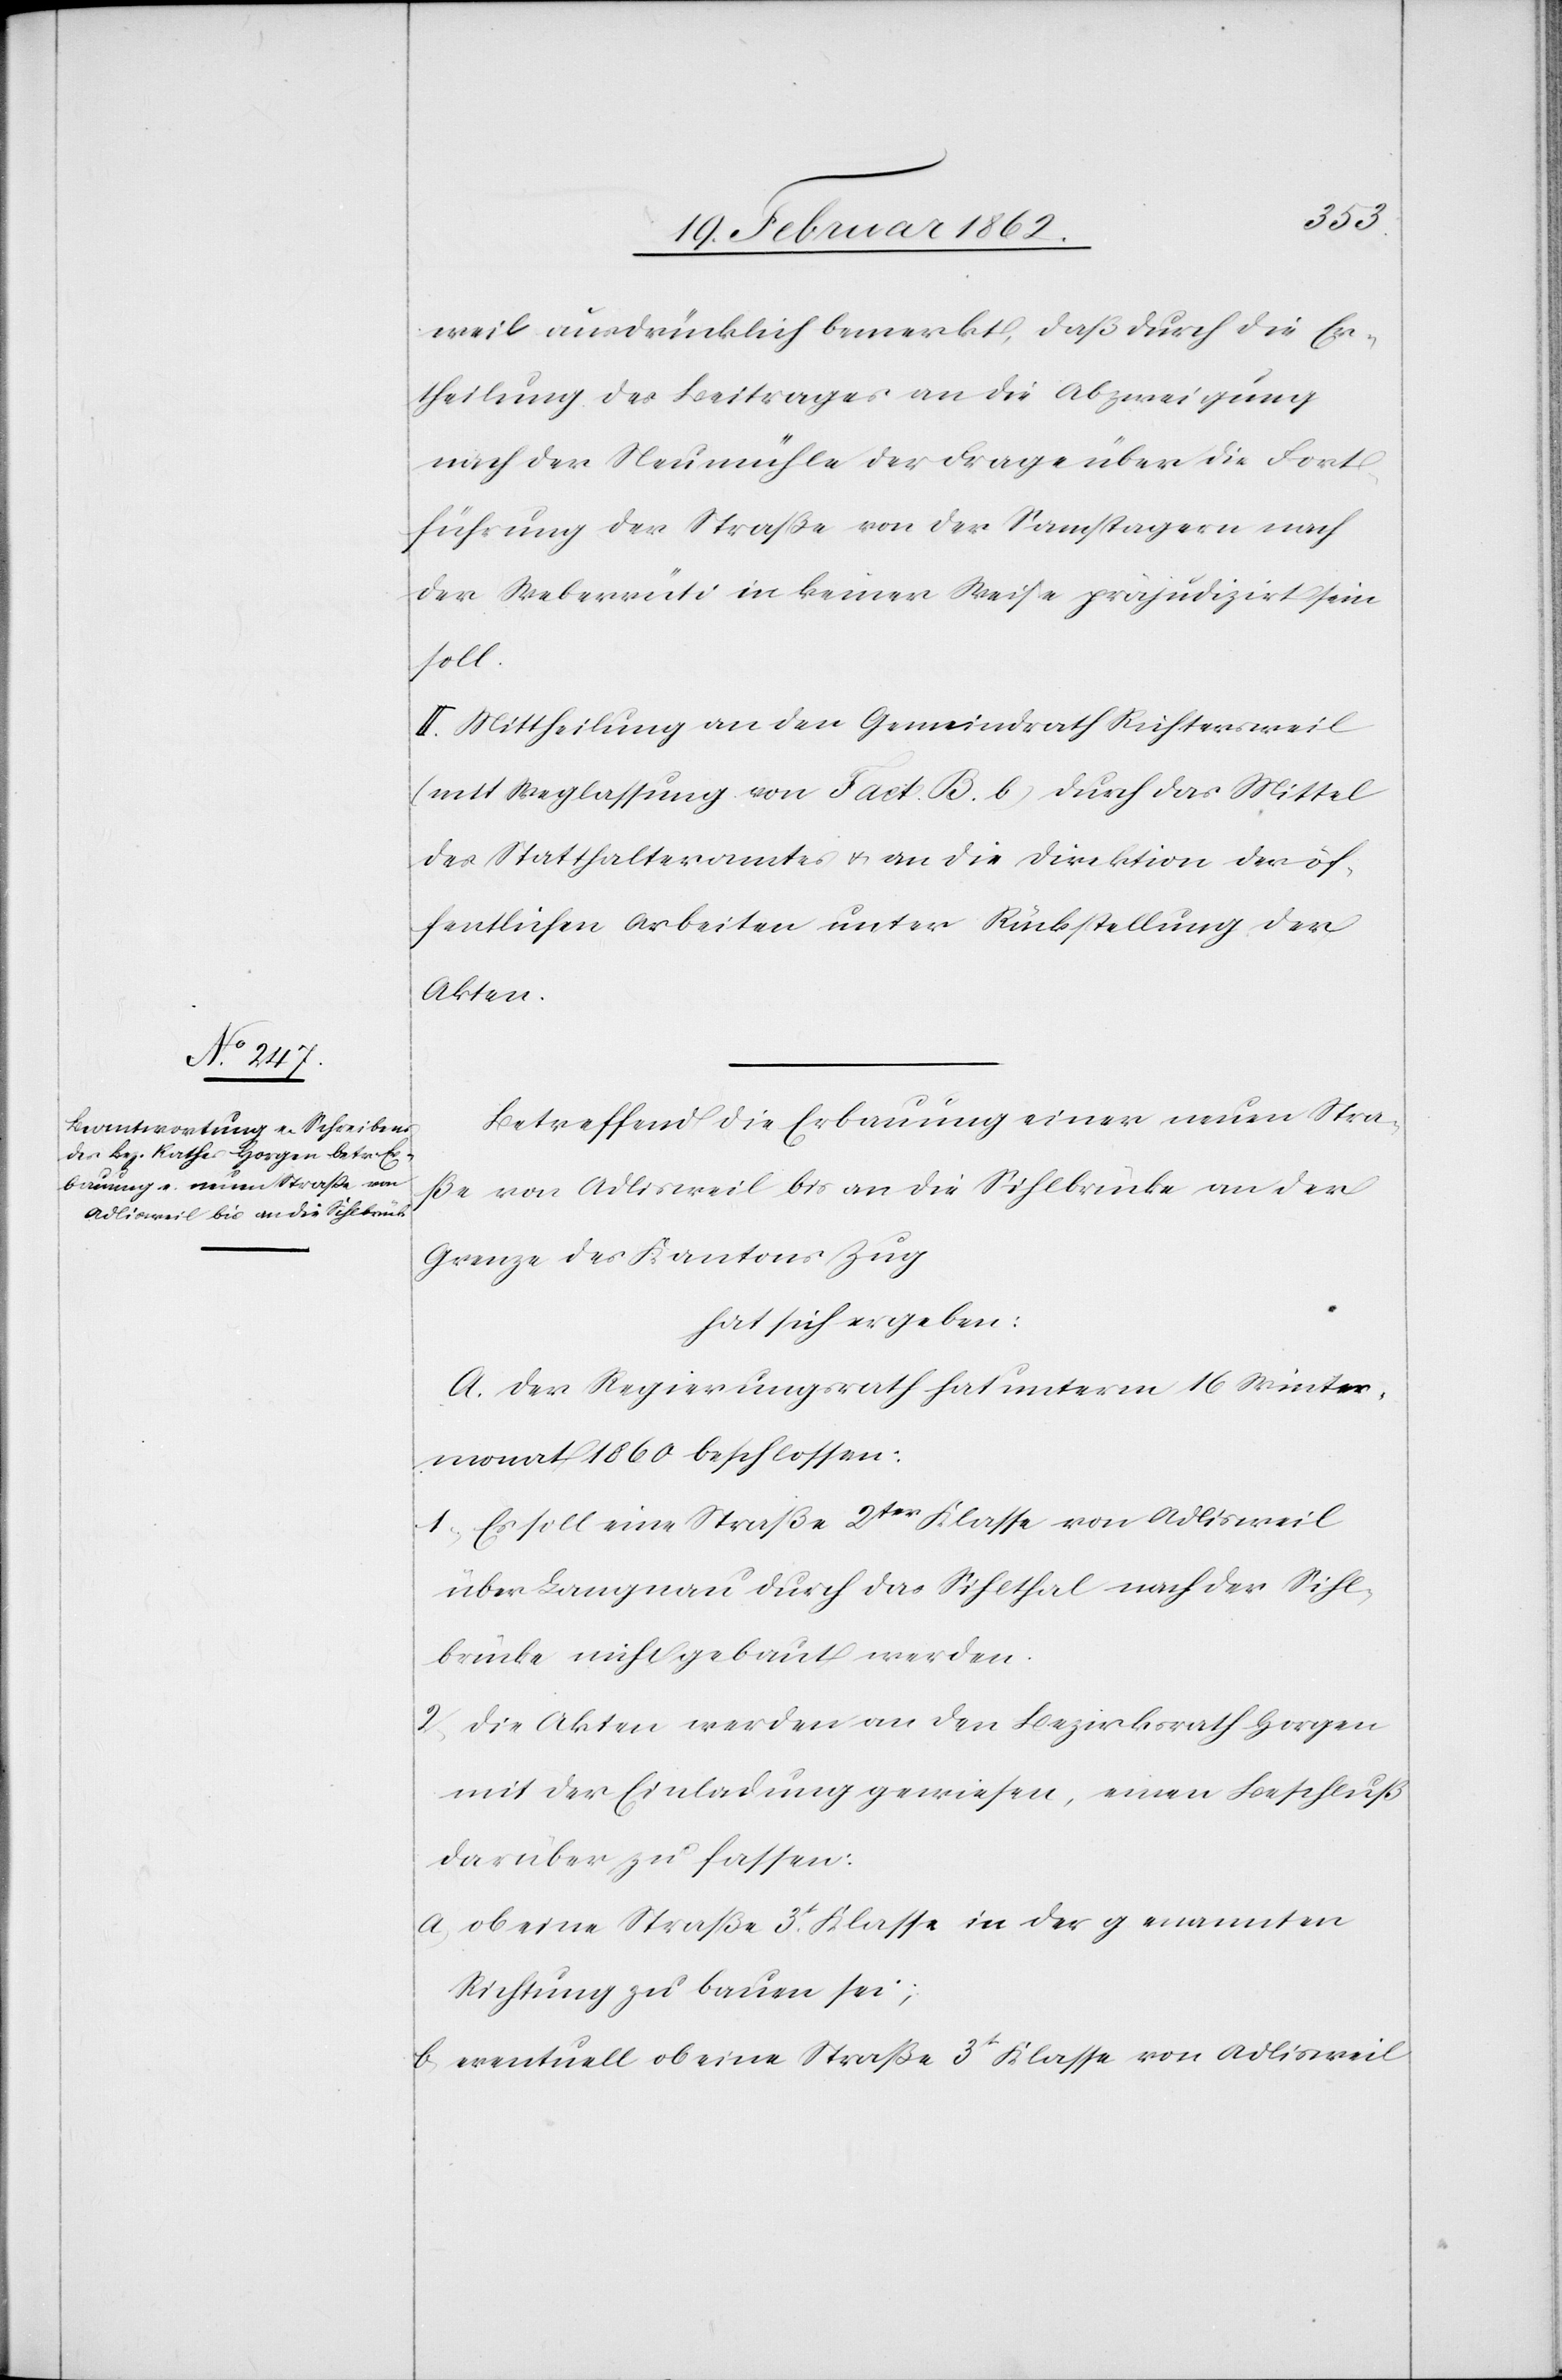
weil ausdrücklich bemerkt, daß durch die Er¬
theilung des Beitrages an die Abzweigung
nach der Neumühle der Frage über die Fort¬
führung der Straße von der Samstagern nach
der Weberrüti in keiner Weise präjudizirt sein
soll.
II. Mittheilung an den Gemeindrath Richtersweil
(mit Weglassung von Fact. B. b) durch das Mittel
des Statthalteramtes u. an die Direktion der öf¬
fentlichen Arbeiten unter Rückstellung der
Akten.
Betreffend die Erbauung einer neuen Stra¬
ße von Adlisweil bis an die Sihlbrücke an der
Grenze des Kantons Zug
hat sich ergeben:
A. Der Regierungsrath hat unterm 16 Winter¬
monat 1860 beschlossen:
1) Es soll eine Straße 2ter Klasse von Adlisweil
über Langnau durch das Sihlthal nach der Sihl¬
brücke nicht gebaut werden.
2) die Akten werden an den Bezirksrath Horgen
mit der Einladung gewiesen, einen Beschluß
darüber zu fassen:
a) ob eine Straße 3t. Klasse in der genannten
Richtung zu bauen sei;
b) eventuell ob eine Straße 3t. Klasse von Adlisweil